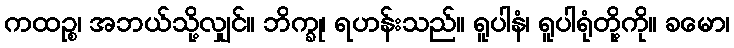
ကထဉ္စ၊ အဘယ်သို့လျှင်။ ဘိက္ခု၊ ရဟန်းသည်။ ရူပါနံ၊ ရူပါရုံတို့ကို။ ခမော၊